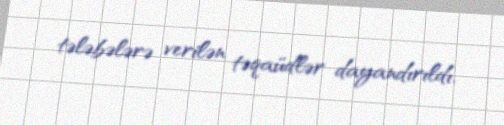
tələbələrə verilən təqaüdlər dayandırıldı.